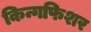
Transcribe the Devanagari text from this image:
किन्गफिशर